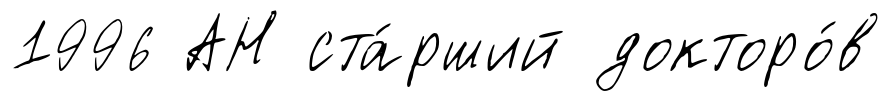
1996 АН ста́рший докторо́в